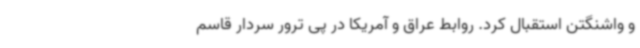
و واشنگتن استقبال کرد. روابط عراق و آمریکا در پی ترور سردار قاسم